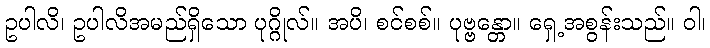
ဥပါလိ၊ ဥပါလိအမည်ရှိသော ပုဂ္ဂိုလ်။ အပိ၊ စင်စစ်။ ပုဗ္ဗန္တော။ ရှေ့အစွန်းသည်။ ဝါ၊